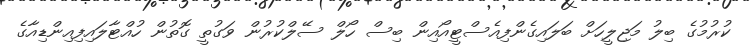
ކުރުމުގެ ބިލު މަޖިލީހަށް ބަލައިގެންފިއެސްޓީއޯއިން ބިސް ހޯލް ސޭލްކުރުން ވަގުތީ ގޮތުން ހުއްޓާލައިފިއިންޑިއާގެ